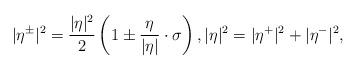
LaTeX: \begin{align*}|\eta^{\pm}|^2 = \frac{|\eta|^2}{2} \left( 1 \pm \frac{\eta}{|\eta|}\cdot \sigma \right), |\eta|^2 = |\eta^+|^2 + |\eta^-|^2,\end{align*}